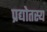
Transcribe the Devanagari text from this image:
प्रद्योतस्य